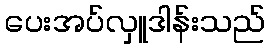
ပေးအပ်လှူဒါန်းသည်